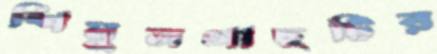
শিমুলগাছটির